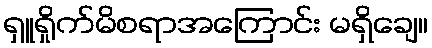
ရှူရှိုက်မိစရာအကြောင်း မရှိချေ။